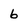
Character: 6